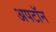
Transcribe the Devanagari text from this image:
अपटॉन